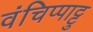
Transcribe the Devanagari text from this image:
वंचिप्पाट्टु